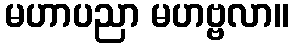
မဟာပညာ မဟဗ္ဗလာ။